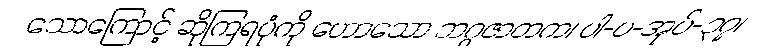
သောကြောင့် ဆိုကြရပုံကို ဟောသော ဘဂ္ဂဇာတက၊ ပါ-ပ-အုပ်-၃၇၊